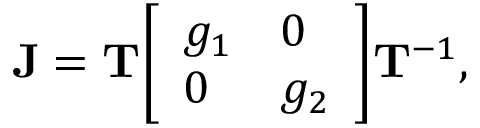
\mathbf { J } = \mathbf { T } { \left[ \begin{array} { l l } { g _ { 1 } } & { 0 } \\ { 0 } & { g _ { 2 } } \end{array} \right] } \mathbf { T } ^ { - 1 } ,